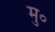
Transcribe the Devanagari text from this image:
मु०